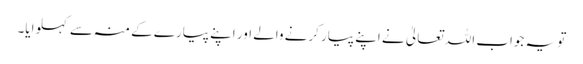
تو یہ جواب اللہ تعالیٰ نے اپنے پیار کرنے والے اور اپنے پیارے کے منہ سے کہلوایا۔